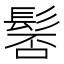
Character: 𩭍